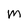
Character: m